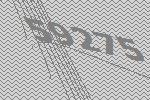
59275